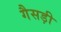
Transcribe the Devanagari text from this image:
गैसड़ी